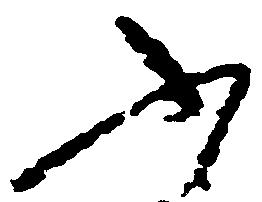
ふ